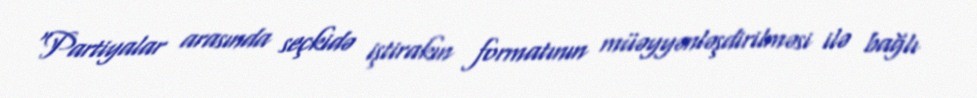
“Partiyalar arasında seçkidə iştirakın formatının müəyyənləşdirilməsi ilə bağlı